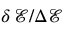
\delta \, \mathcal { E } / \Delta \mathcal { E }